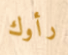
رأوك